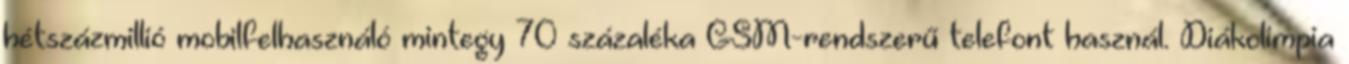
hétszázmillió mobilfelhasználó mintegy 70 százaléka GSM-rendszerű telefont használ. Diákolimpia